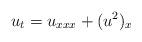
\begin{align*}u_t=u_{xxx}+(u^2)_x\end{align*}